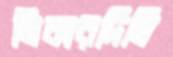
নিকারদিঘি